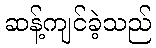
ဆန့်ကျင်ခဲ့သည်